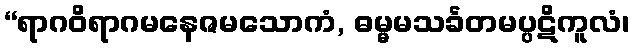
“ရာဂဝိရာဂမနေဇမသောကံ, ဓမ္မမသင်္ခတမပ္ပဋိကူလံ၊